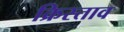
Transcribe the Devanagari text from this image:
क्रिस्ताव